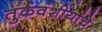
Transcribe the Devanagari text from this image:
तुर्कवंशीयांचे